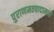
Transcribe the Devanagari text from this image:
पुराणमतवादामध्ये